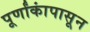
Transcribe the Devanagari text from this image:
पूर्णांकांपासून